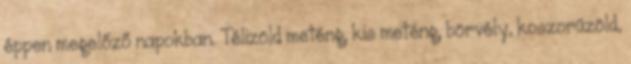
éppen megelőző napokban. Télizöld meténg, kis meténg, börvély, koszorúzöld,